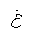
Letter: _gayn